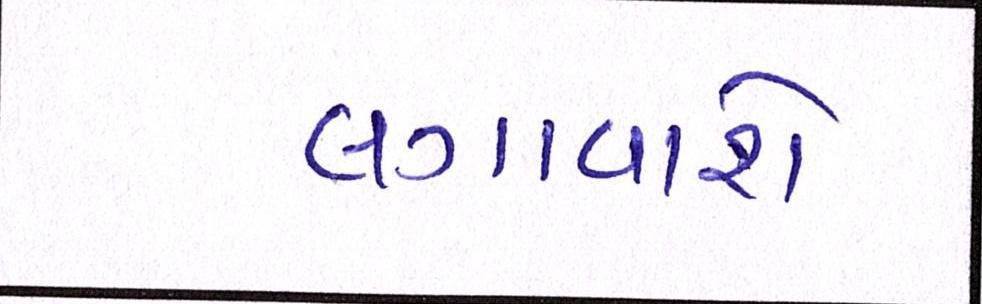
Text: લગાવાશે